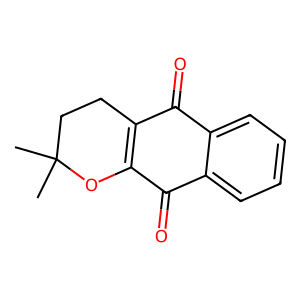
SMILES: CC1(C)CCC2=C(O1)C(=O)c1ccccc1C2=O
Inhibits HIV replication: No